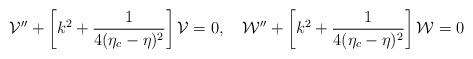
LaTeX: \begin{align*}{\cal V}'' + \left[k^2 + \frac{1}{4(\eta_c-\eta)^2}\right]{\cal V}=0,~~~{\cal W}'' + \left[k^2 + \frac{1}{4(\eta_c-\eta)^2}\right]{\cal W}=0\end{align*}